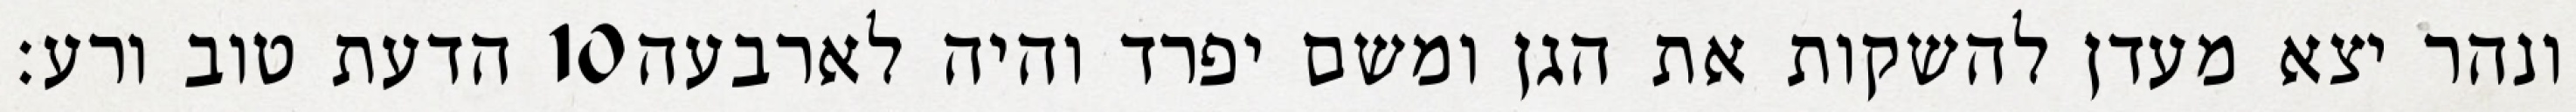
הדעת טוב ורע׃ ‎10‏ ונהר יצא מעדן להשקות את הגן ומשם יפרד והיה לארבעה